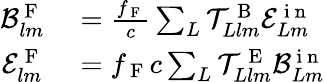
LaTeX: \begin{array}{rl}{\mathcal{B}_{lm}^{\mathrm{~F~}}}&{{}=\frac{f_{\mathrm{~F~}}}{c}\sum_{L}\mathcal{T}_{Llm}^{\mathrm{~B~}}\mathcal{E}_{Lm}^{\mathrm{~i~n~}}}\\ {\mathcal{E}_{lm}^{\mathrm{~F~}}}&{{}=f_{\mathrm{~F~}}c\sum_{L}\mathcal{T}_{Llm}^{\mathrm{~E~}}\mathcal{B}_{Lm}^{\mathrm{~i~n~}}}\end{array}